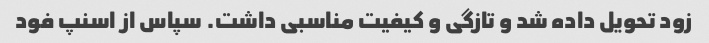
زود تحویل داده شد و تازگی و کیفیت مناسبی داشت. سپاس از اسنپ فود